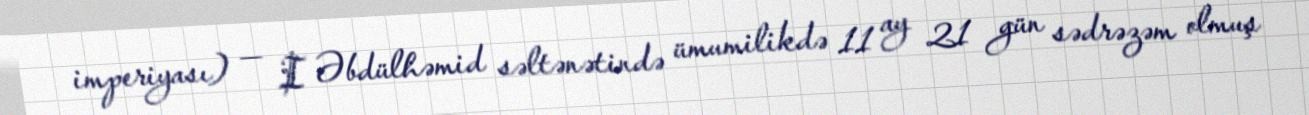
imperiyası) — I Əbdülhəmid səltənətində ümumilikdə 11 ay 21 gün sədrəzəm olmuş